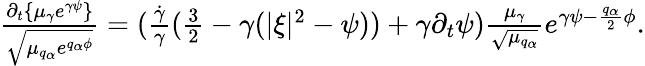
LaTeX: \begin{array}{r}{\frac{\partial_{t}\{ \mu_{\gamma}e^{\gamma\psi}\} }{\sqrt{\mu_{q_{\alpha}}e^{q_{\alpha}\phi}}}=(\frac{\dot{\gamma}}{\gamma}(\frac{3}{2}-\gamma(|\xi|^{2}-\psi))+\gamma\partial_{t}\psi)\frac{\mu_{\gamma}}{\sqrt{\mu_{q_{\alpha}}}}e^{\gamma\psi-\frac{q_{\alpha}}{2}\phi}.}\end{array}